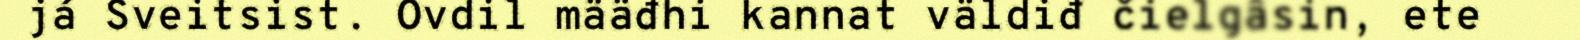
já Sveitsist. Ovdil määđhi kannat väldiđ čielgâsin, ete